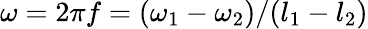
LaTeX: \omega=2\pi f=(\omega_{1}-\omega_{2})/(l_{1}-l_{2})